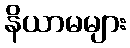
နိယာမများ